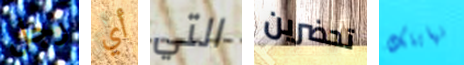
رجل أي التي تحضرين نهايتك